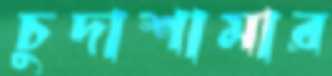
চুদাশামার